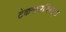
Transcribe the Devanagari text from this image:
टेकनालजिस्ट्‌स